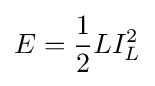
E={\frac {1}{2}}LI_{L}^{2}